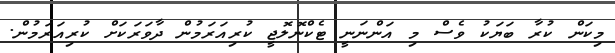
މިކަން ކުރާ ބަޔަކު ވެސް މި އަންނަނީ ޓެކްނޮލޮޖީ ކުރިއަރަމުން ދާވަރަކަށް ކުރިއަރަމުން.